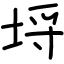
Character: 埓